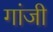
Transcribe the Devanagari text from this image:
गांजी